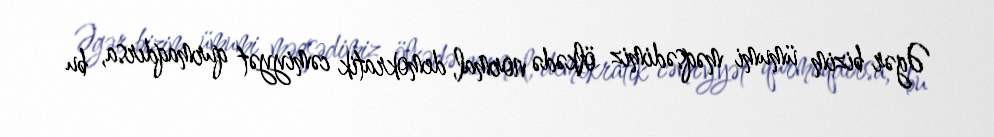
Əgər bizim ümumi məqsədimiz ölkədə normal, demokratik cəmiyyət qurmaqdırsa, bu